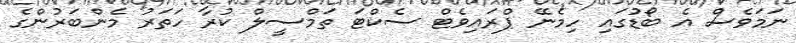
ނަމަވެސް އެ ބޯޑުގައި ހިމެނޭ ޕްރައިވެޓް ސެކްޓަ ތަމްސީލް ކުރާ ހަތަރު މެންބަރުންގެ